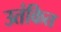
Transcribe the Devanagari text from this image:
उतंकित